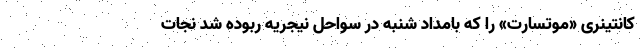
کانتینری «موتسارت» را که بامداد شنبه در سواحل نیجریه ربوده شد نجات